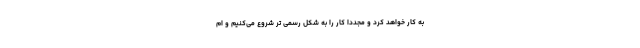
به کار خواهد کرد و مجدداً کار را به شکل رسمی تر شروع می‌کنیم و ام